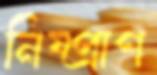
নিষ্প্রাণ